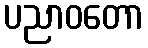
ပညာဝတော